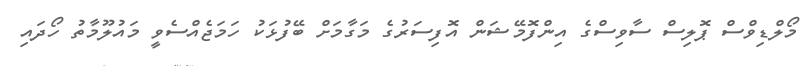
މޯލްޑިވްސް ޕޮލިސް ސާވިސްގެ އިންފޮމޭޝަން އޮފިސަރުގެ މަގާމަށް ބޭފުޅަކު ހަމަޖެއްސެވީ މައުލޫމާތު ހޯދައި